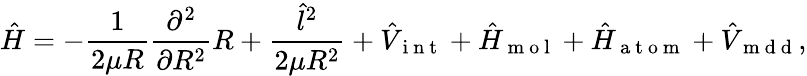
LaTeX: \hat{H}=-\frac{1}{2\mu R}\frac{\partial^{2}}{\partial R^{2}}R+\frac{\hat{l}^{2}}{2\mu R^{2}}+\hat{V}_{\mathrm{~i~n~t~}}+\hat{H}_{\mathrm{~m~o~l~}}+\hat{H}_{\mathrm{~a~t~o~m~}}+\hat{V}_{\mathrm{~m~d~d~}},